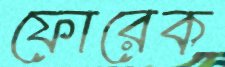
ফোরেক